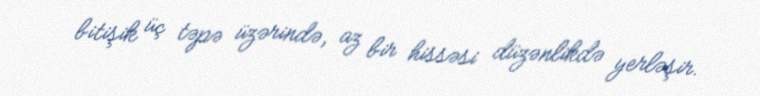
bitişik üç təpə üzərində, az bir hissəsi düzənlikdə yerləşir.